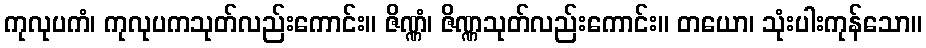
ကုလုပကံ၊ ကုလုပကသုတ်လည်းကောင်း။ ဇိဏ္ဏံ၊ ဇိဏ္ဏသုတ်လည်းကောင်း။ တယော၊ သုံးပါးကုန်သော။